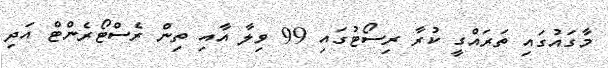
މާގައުގައި ތަރައްގީ ކުރާ ރިސޯޓުގައި 99 ވިލާ އާއި ތިން ރެސްޓޯރެންޓް އަދި